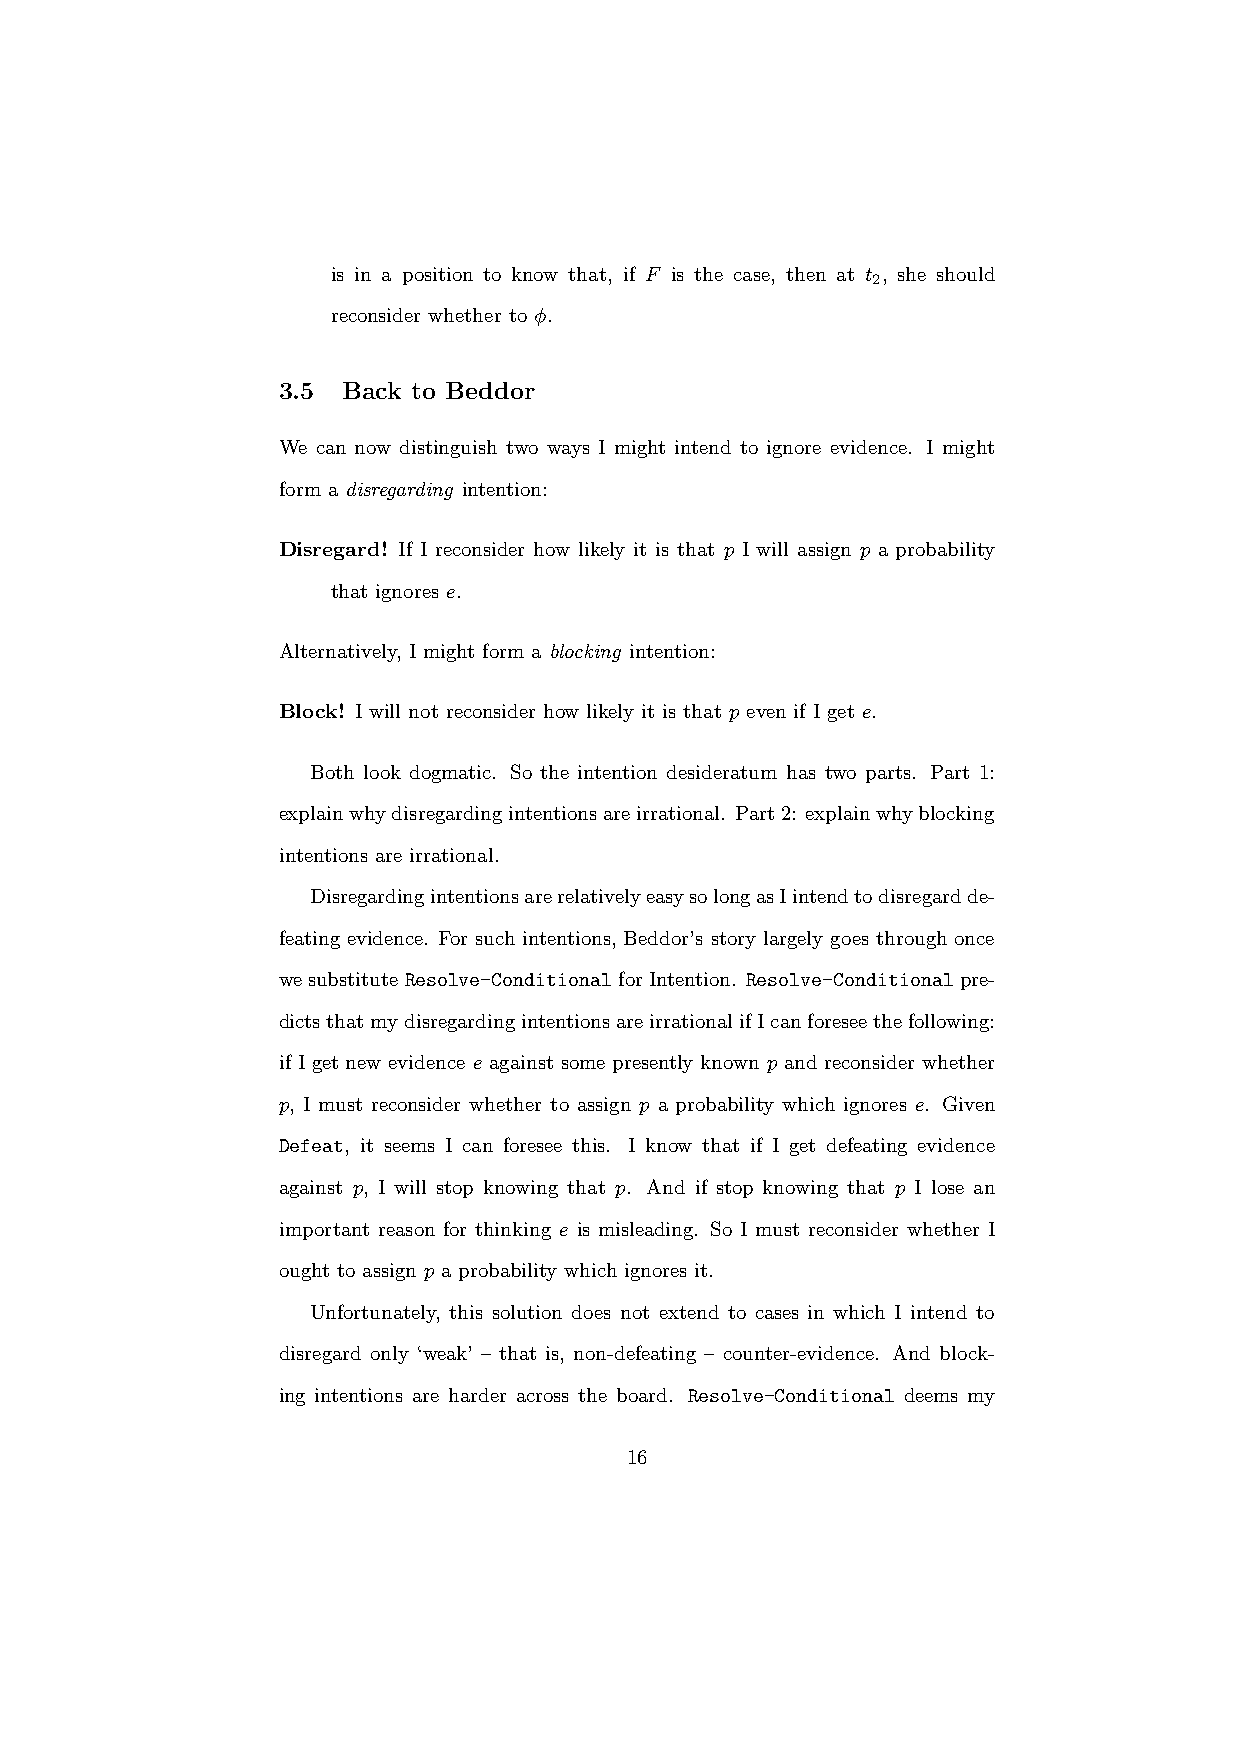
is in a position to know that, if F is the case, then at t , she should
 2
 reconsider whether to φ.
 3.5  Back to Beddor
 We can now distinguish two ways I might intend to ignore evidence. I might
 form a disregarding intention:
 Disregard! If I reconsider how likely it is that p I will assign p a probability
 that ignores e.
 Alternatively, I might form a blocking intention:
 Block! I will not reconsider how likely it is that p even if I get e.
 Both look dogmatic. So the intention desideratum has two parts. Part 1:
 explainwhydisregardingintentionsareirrational. Part2: explainwhyblocking
 intentions are irrational.
 DisregardingintentionsarerelativelyeasysolongasIintendtodisregardde-
 feating evidence. For such intentions, Beddor’s story largely goes through once
 wesubstituteResolve-ConditionalforIntention. Resolve-Conditionalpre-
 dictsthatmydisregardingintentionsareirrationalifIcanforeseethefollowing:
 if I get new evidence e against some presently known p and reconsider whether
 p, I must reconsider whether to assign p a probability which ignores e. Given
 Defeat, it seems I can foresee this. I know that if I get defeating evidence
 against p, I will stop knowing that p. And if stop knowing that p I lose an
 important reason for thinking e is misleading. So I must reconsider whether I
 ought to assign p a probability which ignores it.
 Unfortunately, this solution does not extend to cases in which I intend to
 disregard only ‘weak’ – that is, non-defeating – counter-evidence. And block-
 ing intentions are harder across the board. Resolve-Conditional deems my
 16